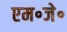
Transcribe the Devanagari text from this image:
एम॰जे॰